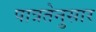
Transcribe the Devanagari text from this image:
पात्रतेनुसार